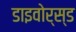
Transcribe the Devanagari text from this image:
डाइवोर्स्ड